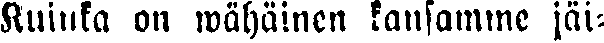
Kuinka on wähäinen kansamme jäi-